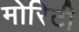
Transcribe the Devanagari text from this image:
मोरिटी